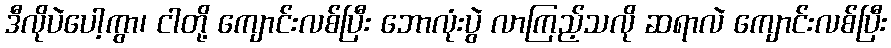
ဒီလိုပဲပေါ့ကွာ၊ ငါတို့ ကျောင်းလစ်ပြီး ဘောလုံးပွဲ လာကြည့်သလို ဆရာလဲ ကျောင်းလစ်ပြီး